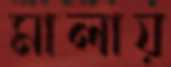
মালায়